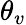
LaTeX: \theta_{v}